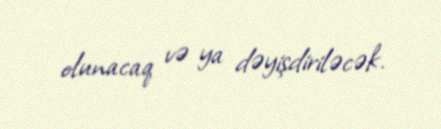
olunacaq və ya dəyişdiriləcək.